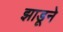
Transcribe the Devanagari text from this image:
झाडूने